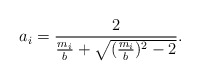
\begin{align*}a_i=\frac{2}{\frac{m_i}{b}+\sqrt{(\frac{m_i}{b})^2-2}}. \end{align*}